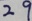
2 9